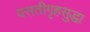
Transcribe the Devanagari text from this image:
वसतीगृहसुद्धा